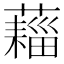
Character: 𧀗